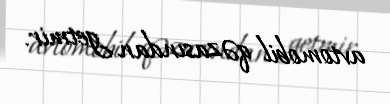
avtomobil qəzasından getmir.